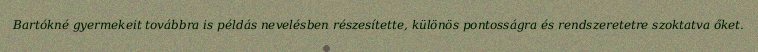
Bartókné gyermekeit továbbra is példás nevelésben részesítette, különös pontosságra és rendszeretetre szoktatva őket.